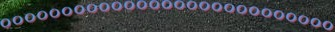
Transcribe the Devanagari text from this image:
०००००००००००००००००००००००००००